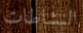
النشاطات